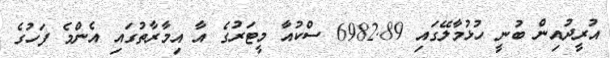
އުރީދުއިން ބުނީ ހުޅުމާލޭގައި 6982.89 ސްްކުއާ މީޓަރުގެ އާ އިމާރާތުގައި އެންމެ ފަހުގެ